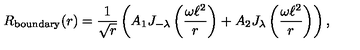
R _ { \mathrm { b o u n d a r y } } ( r ) = \frac { 1 } { \sqrt { r } } \left( A _ { \mathrm { 1 } } J _ { - \lambda } \left( \frac { \omega \ell ^ { 2 } } { r } \right) + A _ { \mathrm { 2 } } J _ { \lambda } \left( \frac { \omega \ell ^ { 2 } } { r } \right) \right) ,